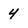
Character: 4